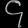
Digit: ၄